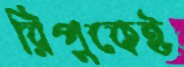
রিপুকেই